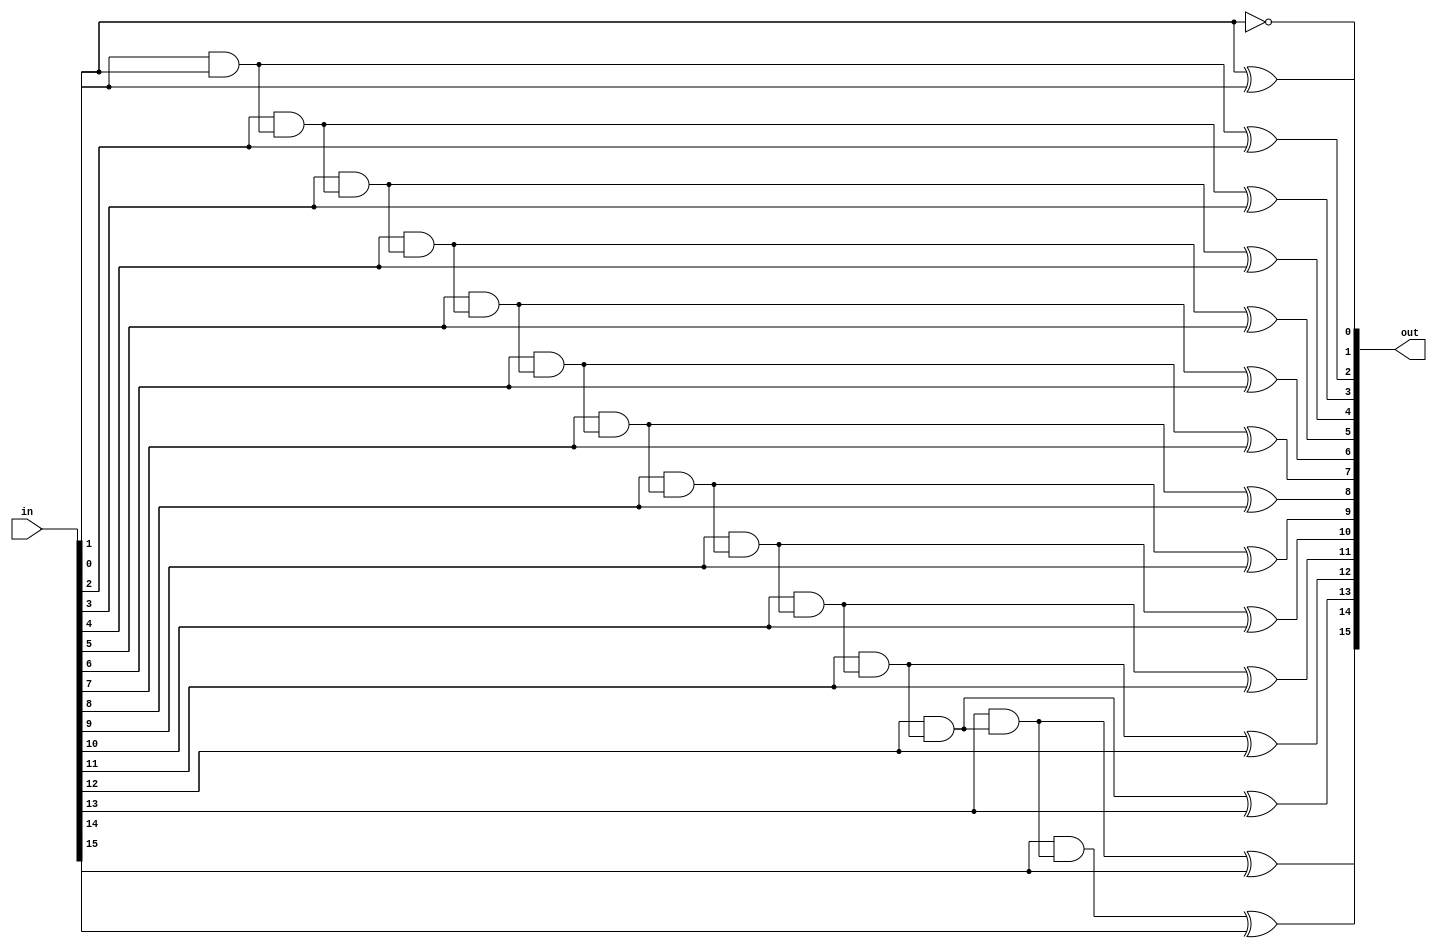
module incrementor #(parameter SIZE = 16)
(input[SIZE-1:0] in, output[SIZE-1:0] out);
wire C[SIZE-1:0];
assign C[0] = 1'b1;
assign out[0] = C[0] ^ in[0];
genvar j; 
generate
	for(j = 1; j < SIZE; j = j+1)
	begin : assign_out
		assign C[j] = in[j-1]&C[j-1];
		assign out[j] = C[j]^in[j];
	end
endgenerate
endmodule